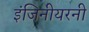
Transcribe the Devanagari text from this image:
इंजिनीयरनी